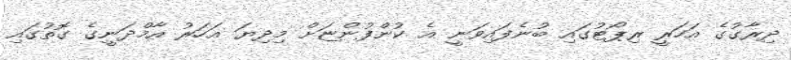
ދިރާގުގެ އަހަރީ ރިޕޯޓުގައި ބުނެފައިވަނީ އެ ކުންފުންޏަށް މިދިޔަ އަހަރު އާމްދަނީގެ ގޮތުގައި